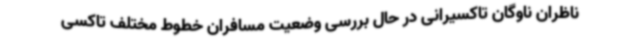
ناظران ناوگان تاکسیرانی در حال بررسی وضعیت مسافران خطوط مختلف تاکسی